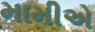
મામીએ